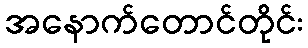
အနောက်တောင်တိုင်း